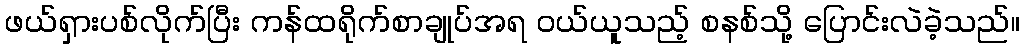
ဖယ်ရှားပစ်လိုက်ပြီး ကန်ထရိုက်စာချုပ်အရ ဝယ်ယူသည့် စနစ်သို့ ပြောင်းလဲခဲ့သည်။